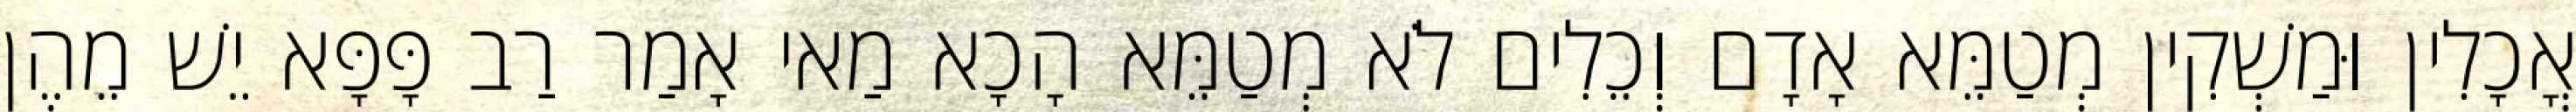
אֳכָלִין וּמַשְׁקִין מְטַמֵּא אָדָם וְכֵלִים לֹא מְטַמֵּא הָכָא מַאי אָמַר רַב פָּפָּא יֵשׁ מֵהֶן